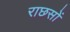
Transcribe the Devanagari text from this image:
राछसों